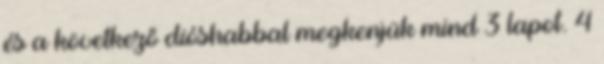
és a következő dióshabbal megkenjük mind 3 lapot. 4